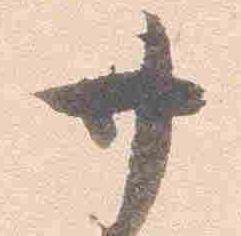
廿